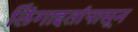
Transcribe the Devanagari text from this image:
लिंंगाइतांपासून